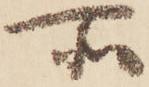
所